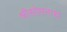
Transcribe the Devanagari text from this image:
श्रीसोमनाथ